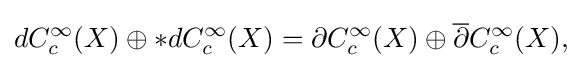
\displaystyle {dC_{c}^{\infty }(X)\oplus *dC_{c}^{\infty }(X)=\partial C_{c}^{\infty }(X)\oplus {\overline {\partial }}C_{c}^{\infty }(X),}